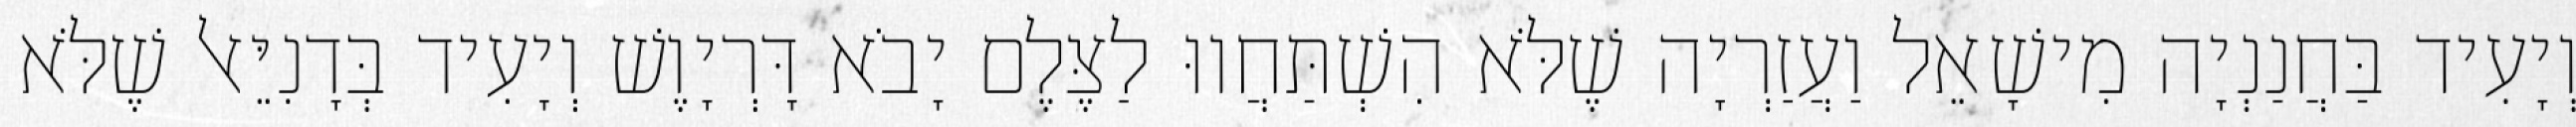
וְיָעִיד בַּחֲנַנְיָה מִישָׁאֵל וַעֲזַרְיָה שֶׁלֹּא הִשְׁתַּחֲווּ לַצֶּלֶם יָבֹא דָּרְיָוֶשׁ וְיָעִיד בְּדָנִיֵּאל שֶׁלֹּא